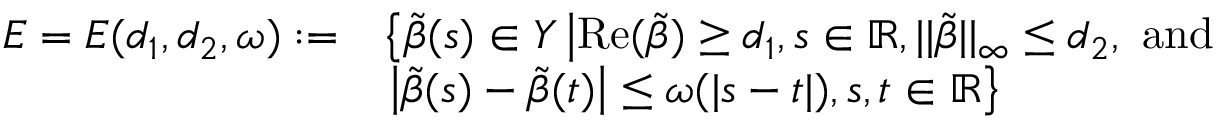
\begin{array} { r l } { E = E ( d _ { 1 } , d _ { 2 } , \omega ) : = } & { \left\{ \tilde { \beta } ( s ) \in Y \left| \mathrm { R e } ( \tilde { \beta } ) \geq d _ { 1 } , s \in \mathbb { R } , | | \tilde { \beta } | | _ { \infty } \leq d _ { 2 } , \mathrm { ~ a n d ~ } \right. \right. } \\ & { \left. \left| \tilde { \beta } ( s ) - \tilde { \beta } ( t ) \right| \leq \omega ( | s - t | ) , s , t \in \mathbb { R } \right\} } \end{array}